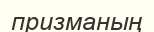
призманың